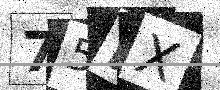
Text: 75FX